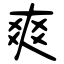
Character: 爽